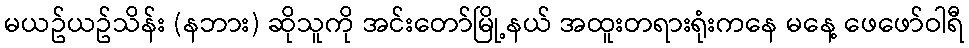
မယဥ်ယဥ်သိန်း (နဘား) ဆိုသူကို အင်းတော်မြို့နယ် အထူးတရားရုံးကနေ မနေ့ ဖေဖော်ဝါရီ